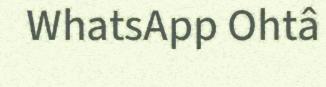
WhatsApp Ohtâ